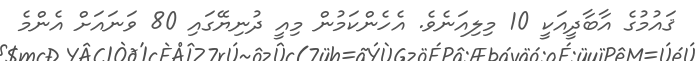
ޤައުމުގެ އާބާދީއަކީ 10 މިލިއަނެވެ. އެހެންކަމުން މިއީ ދުނިޔޭގައި 80 ވަނައަށް އެންމެ